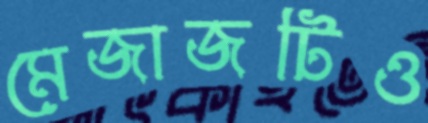
মেজাজটিও